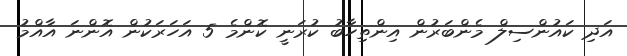
އަދި ކައުންސިލް މެންބަރުން އިންތިހާބު ކުރަނީ ކޮންމެ 5 އަހަރަކުން އޮންނަ އާއްމު